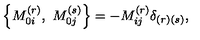
\left\{ M _ { 0 i } ^ { ( r ) } , \ M _ { 0 j } ^ { ( s ) } \right\} = - M _ { i j } ^ { ( r ) } \delta _ { \left( r \right) \left( s \right) } ,